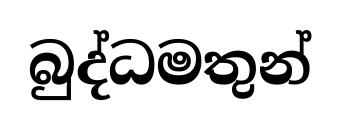
බුද්ධමතුන්